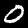
Label: 0